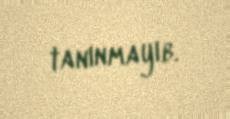
tanınmayıb.